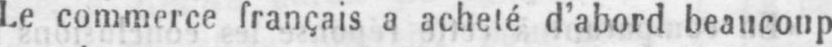
Le commerce français a acheté d’abord beaucoup